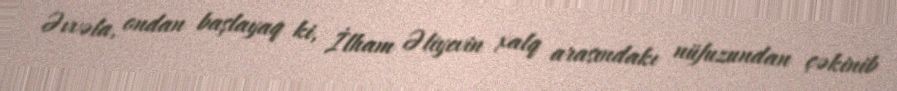
Əvvəla, ondan başlayaq ki, İlham Əliyevin xalq arasındakı nüfuzundan çəkinib